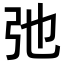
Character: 弛